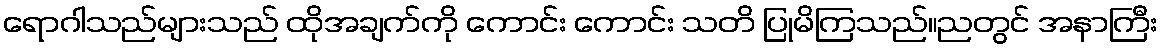
ရောဂါသည်များသည် ထိုအချက်ကို ကောင်း ကောင်း သတိ ပြုမိကြသည်။ညတွင် အနာကြီး